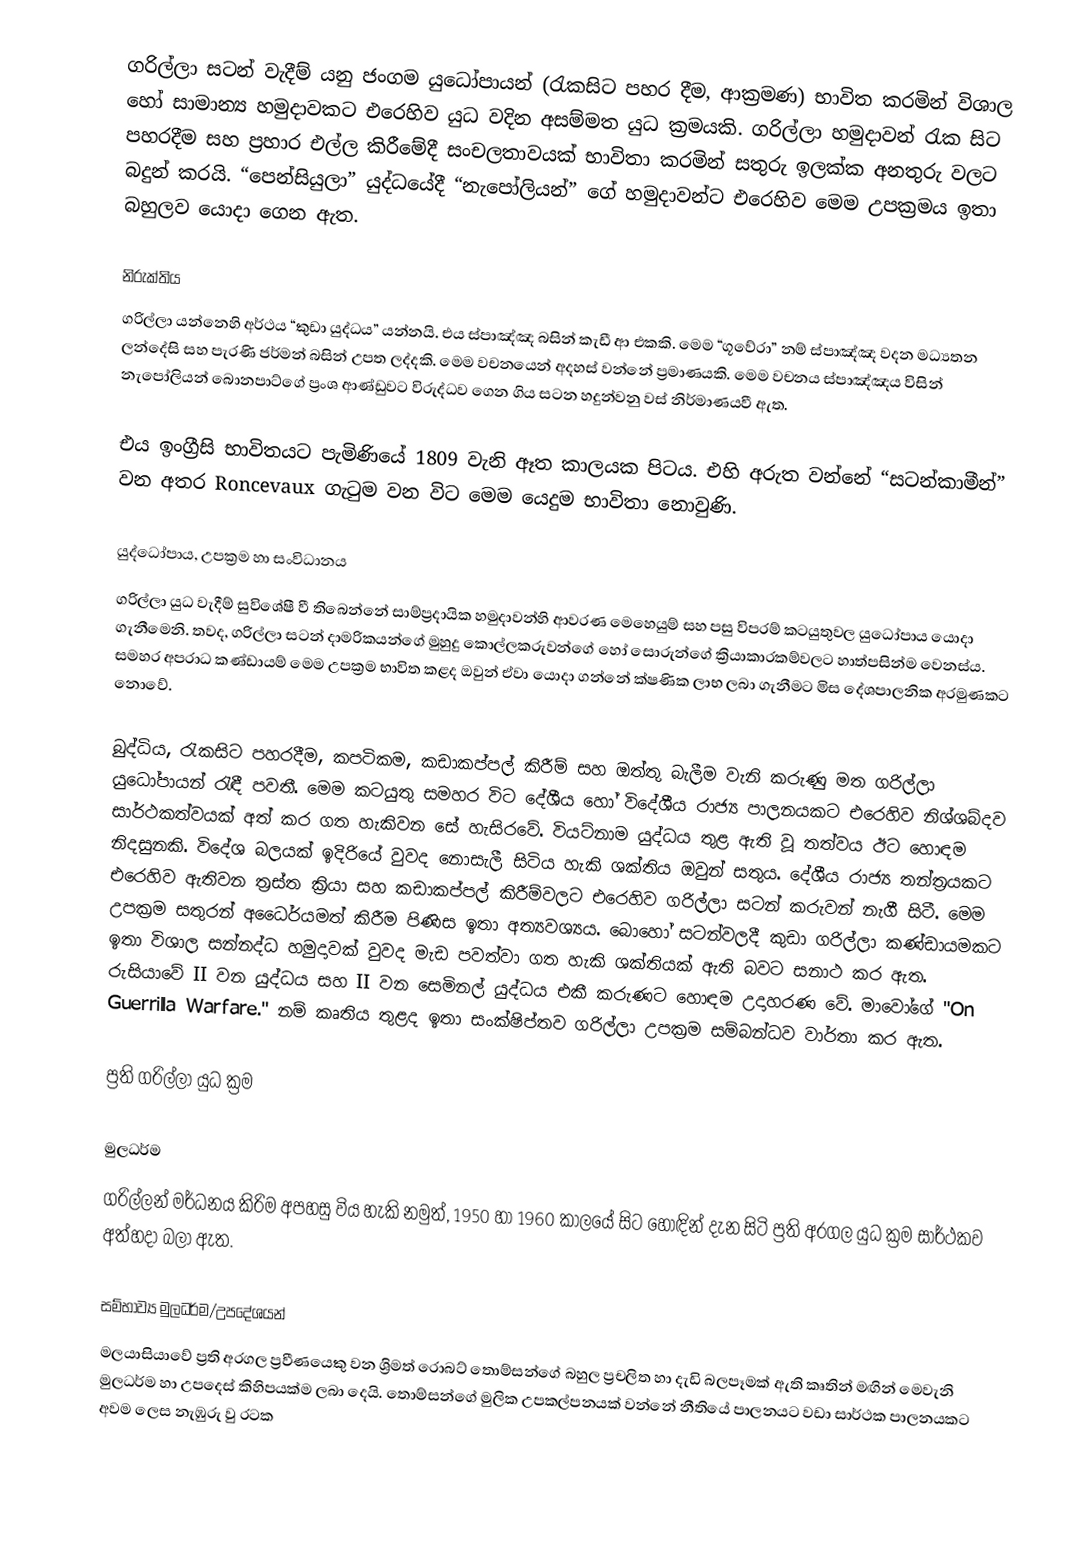
ගරිල්ලා සටන් වැදීම් යනු ජංගම යුධෝපායන් (රැකසිට පහර දීම, ආක්‍රමණ) භාවිත කරමින් විශාල හෝ සාමාන්‍ය හමුදාවකට එරෙහිව යුධ වදින අසම්මත යුධ ක්‍රමයකි. ගරිල්ලා හමුදාවන් රැක සිට පහරදීම සහ ප්‍රහාර එල්ල කිරීමේදී සංචලතාවයක් භාවිතා කරමින් සතුරු ඉලක්ක අනතුරු වලට බදුන් කරයි. “පෙන්සියුලා” යුද්ධයේදී “න‍ැපෝලියන්” ගේ හමුදාවන්ට ‍එරෙහිව මෙම උපක්‍රමය ඉතා බහුලව යොදා ගෙන ඇත.

නිරුක්තිය
ගරිල්ලා යන්නෙහි අර්ථය “කුඩා යුද්ධය” යන්නයි. එය ස්පාඤ්ඤ බසින් කැඩී ආ එකකි. මෙම “ගූවේරා” නම් ස්පාඤ්ඤ වදන මධ්‍යතන ලන්දේසි සහ පැරණි ජර්මන් බසින් උපත ලද්දකි. මෙම වචනයෙන් අදහස් වන්නේ ප්‍රමාණයකි. මෙම වචනය ස්පාඤ්ඤය විසින් න‍ැපෝලියන් බොනපාට්ගේ ප්‍රංශ ආණ්ඩුවට විරුද්ධව ගෙන ගිය සටන හදුන්වනු වස් නිර්මාණයවී ඇත.

එය ඉංග්‍රීසි භාවිතයට පැමිණියේ 1809 වැනි ඈත කාලයක පිටය. එහි අරුත වන්නේ “සටන්කාමීන්” වන අතර Roncevaux ගැටුම වන විට මෙම යෙදුම භාවිතා නොවුණි.

යුද්ධෝපාය, උපක්‍රම හා සංවිධානය
ගරිල්ලා යුධ වැදීම් සුවිශේෂී වී තිබෙන්නේ සාම්ප්‍රදායික හමුදාවන්හි ආවරණ මෙහෙයුම් සහ පසු විපරම් කටයුතුවල යුධෝපාය යොදා ගැනීමෙනි. තවද, ගරිල්ලා සටන් දාමරිකයන්ගේ මුහුදු කොල්ලකරුවන්ගේ හෝ සොරුන්ගේ ක්‍රියාකාරකම්වලට හාත්පසින්ම වෙනස්ය. සමහර අපරාධ කණ්ඩායම් මෙම උපක්‍රම භාවිත කළද ඔවුන් ඒවා යොදා ගන්නේ ක්ෂණික ලාභ ලබා ගැනීමට මිස දේශපාලනික අරමුණකට නොවේ.

බුද්ධිය, රැකසිට පහරදීම, කපටිකම, කඩාකප්පල් කිරීම් සහ ඔත්තු බැලීම වැනි කරුණු මත ගරිල්ලා යුධෝපායන් රැඳී පවතී. මෙම කටයුතු සමහර විට දේශීය හෝ විදේශීය රාජ්‍ය පාලනයකට එරෙහිව නිශ්ශබ්දව සාර්ථකත්වයක් අත් කර ගත හැකිවන සේ හැසිරවේ. වියට්නාම යුද්ධය තුළ ඇති වූ තත්වය ඊට හොඳම නිදසුනකි. විදේශ බලයක් ඉදිරියේ වුවද නොසැලී සිටිය හැකි ශක්තිය ඔවුන් සතුය. දේශීය රාජ්‍ය තන්ත්‍රයකට එරෙහිව ඇතිවන ත්‍රස්ත ක්‍රියා සහ කඩාකප්පල් කිරීම්වලට එරෙහිව ගරිල්ලා සටන් කරුවන් නැගී සිටී. මෙම උපක්‍රම සතුරන් අධෛර්යමත් කිරීම පිණිස ඉතා අත්‍යවශ්‍යය. බොහෝ සටන්වලදී කුඩා ගරිල්ලා කණ්ඩායමකට ඉතා විශාල සන්නද්ධ හමුදාවක් වුවද මැඩ පවත්වා ගත හැකි ශක්තියක් ඇති බවට සනාථ කර ඇත. රුසියාවේ II වන යුද්ධය සහ II වන සෙමිනල් යුද්ධය එකී කරුණට හොඳම උදාහරණ වේ. මාවෝගේ "On Guerrilla Warfare." නම් කෘතිය තුළද ඉතා සංක්ෂිප්තව ගරිල්ලා උපක්‍රම සම්බන්ධව වාර්තා කර ඇත.

ප්‍රති ගරිල්ලා යුධ ක්‍රම

මුලධර්ම
ගරිල්ලන් මර්ධනය කිරිම අපහසු විය හැකි නමුත්, 1950 හා‍ 1960 කාලයේ සිට හොඳින් දැන සිටි ප්‍රති අරගල යුධ ක්‍රම සාර්ථකව අත්හදා බලා ඇත.

සම්භාව්‍ය මුලධර්ම/උපදේශයන්
මලයාසි‍යාවේ ප්‍රති අරගල ප්‍රවීණයෙකු වන ශ්‍රිමත් රොබට් තොම්සන්ගේ බහුල ප්‍රචලිත හා දැඩි බලපෑමක් ඇති කෘතින් මඟින් මෙවැනි මුලධර්ම හා උපදෙස් කිහිපයක්ම ලබා දෙයි. තොම්සන්ගේ මුලික උපකල්පනයක් වන්නේ නීතියේ පාලනයට වඩා සාර්ථක පාලනයකට අවම ලෙස නැඹුරු වු රටක